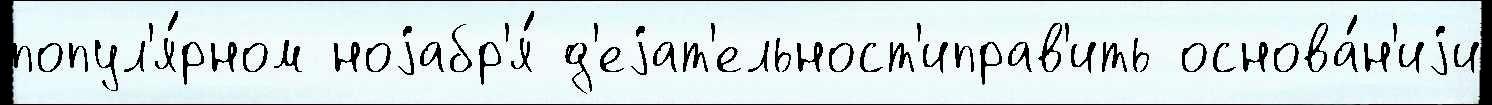
попул'я́рном ноjабр'я́ д'еjат'ельност'иправ'ить основа́н'иjи